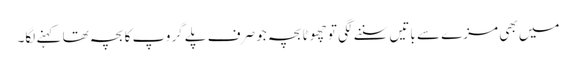
میں بھی مزے سے باتیں سننے لگی تو چھوٹا بچہ جو صرف پلے گروپ کا بچہ تھا کہنے لگا۔